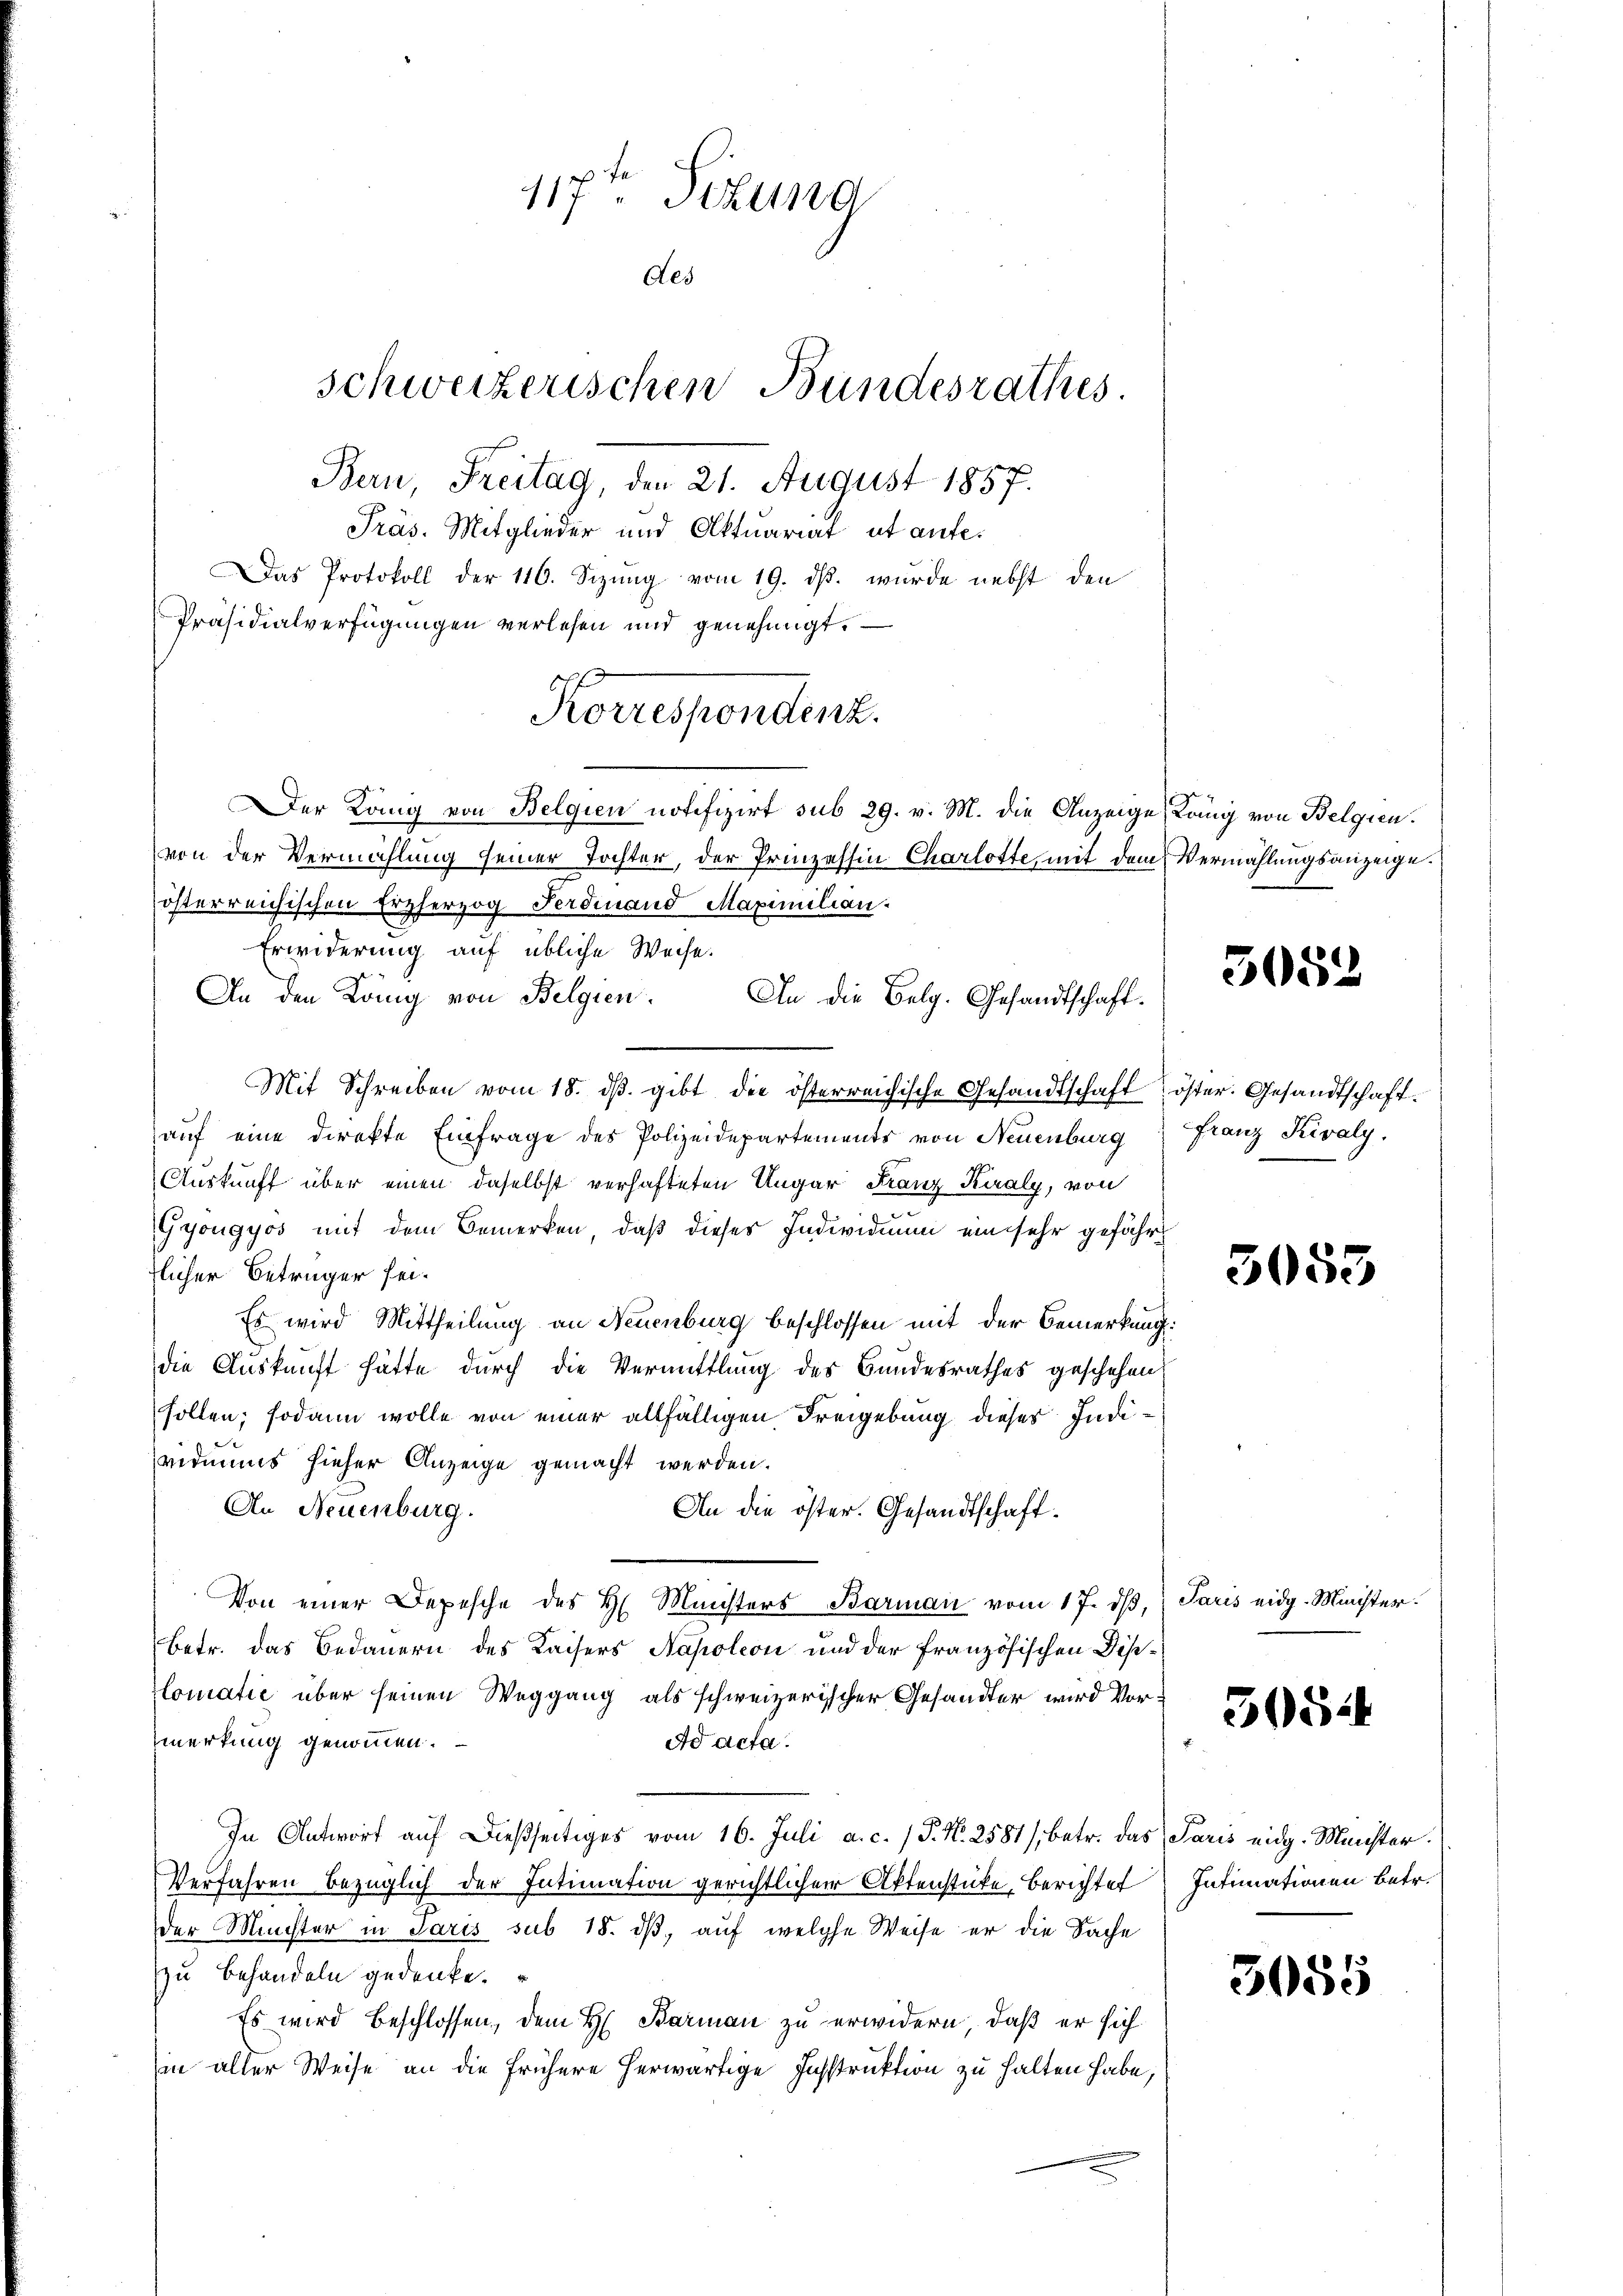
117ten Sitzung
des
schweizerischen Bundesrathes
Bern, Freitag, den 21. August 1857.
Präs. Mitglieder und Aktuariat et aufe¬
Das Protokoll der 116. Sizung vom 19. ds. wurde nebst den

Präsidialverfügungen verlesen und genehmigt. —
Korrespondenz.

er König von Belgien notifizirt sub 29. v. M. die Anzeige

von der Vermählung seiner Tochter, der Prinzessin Charlotte, mit dem
österreichischen Erzherzog Ferdinand Maximilian.
Erwiderung auf übliche Weise.
An den König von Belgien.
Mit Schreiben vom 18. dβ. gibt die österreichische Gesandtschaft
auf eine direkte Einfrage des Polizeidepartements von Neuenburg
Auskunft über einen daselbst verhafteten Ungar Franz Kuraly, von
Gyongyos mit dem Bemerken, daß dieses Individuum ein sehr gefähr
rlicher Betrüger sei.
Es wird Mittheilung an Neuenburg beschlossen mit der Bemerkung
die Auskunft hätte durch die Vermittlung des Bundesrathes geschehen
sollen; sodann wolle von einer allfälligen Freigebung dieses Individmuns hieser Anzeige gemacht werden.
An Neuenburg.
An die öster. Gesandtschaft¬
Von einer Depesche des H. Ministers Barmann vom 17. dβ,
Betr. das Bedauern des Kaisers Napoleon und der französischen Dislomatić über seinen Weggang als schweizerischer Gesandter wird Vormerkung genommen.
Ad acta.
In Antwort auf dießseitiges vom 16. Juli a. c. 1 P. Nr. 2581/, betr. das Paris eidg. Münster.
Verfahren bezüglich der Intimation gerichtlicher Aktenstücke, berichtet Intimationen betr.
der Meister in Paris sub 18. dβ, auf welche Weise er die Sache
zu behandeln gedenke.
Es wird beschlossen, dem H. Barman zu erwidern, daß er sich
in aller Weise an die frühere herwärtige Instruktion zu halten habe,

An die Belg. Gesandtschaft.

.

Köng von Belgien.
Vermählungsanzeige.

5052

öster. Gesandtschaft.
Franz Kivaly.

3053

Paris eidg. Minister.

30514

3685